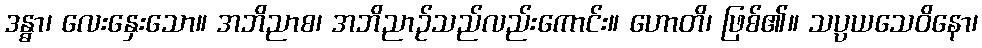
ဒန္ဓာ၊ လေးနှေးသော။ အဘိညာစ၊ အဘိညာဉ်သည်လည်းကောင်း။ ဟောတိ၊ ဖြစ်၏။ သပ္ပယသေဝိနော၊